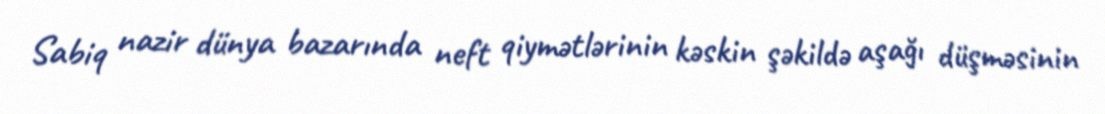
Sabiq nazir dünya bazarında neft qiymətlərinin kəskin şəkildə aşağı düşməsinin